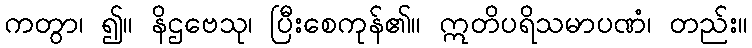
ကတွာ၊ ၍။ နိဌဗေသု၊ ပြီးစေကုန်၏။ ဣတိပရိသမာပဏံ၊ တည်း။